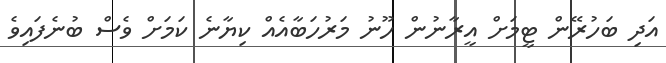
އަދި ބަހުރޭން ޓީމަށް އީރާނުން ހޫނު މަރުހަބާއެއް ކިޔާނެ ކަމަށް ވެސް ބުނެފައިވެ